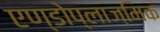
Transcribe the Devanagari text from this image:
एण्डोप्लाज्मिक